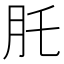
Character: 𦘴